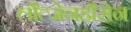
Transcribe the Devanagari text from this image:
लौत्जेनहौसेन